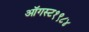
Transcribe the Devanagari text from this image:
ऑगस्ट१९८४